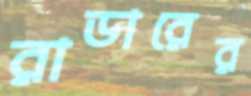
রাডারের